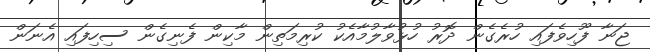
ޖަނާ ފޫހިވެފައި ހުރެގެން ދޮރު ހުޅުވާލުމާއެކު ކުރިމަތިން މާކިން ފެނިގެން ސިހިފައި އެނަން